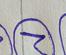
Signature authenticity: genuine